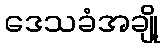
ဒေသခံအချို့